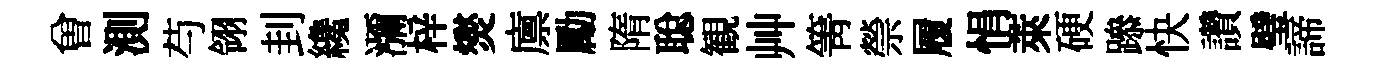
曽測芍翎刲纔瀰梓爕廪勵隋聪観艸箐禜履悁萊硬𨅶快讚璧諦